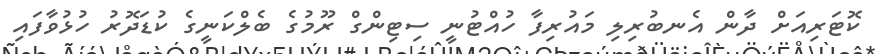
ކޮޓަރިއަށް ދާން އެނބުރިލި މައުރިފާ ހުއްޓުނީ ސިޓިންގް ރޫމުގެ ބެލްކަނީގެ ކުޑަދޮރު ހުޅުވާފައި